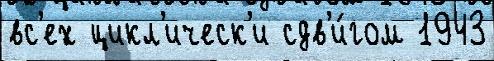
вс'ех цикл'ическ'и сдв'и́гом 1943